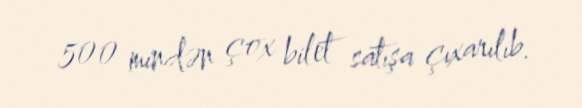
500 mindən çox bilet satışa çıxarılıb.